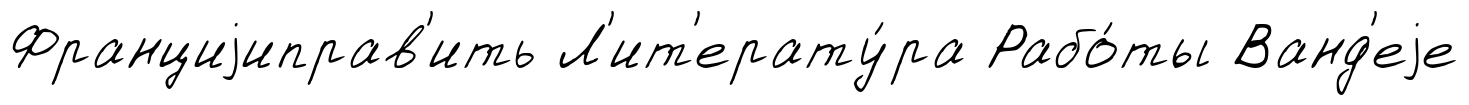
Франциjиправ'ить Л'ит'ерату́ра Рабо́ты Ванд'еjе